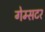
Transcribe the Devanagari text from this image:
गेम्सटर